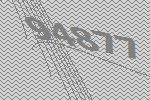
94877